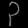
Digit: ၃